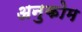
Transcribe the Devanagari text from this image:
अनुकोम